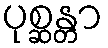
ပုစ္ဆန္တာ